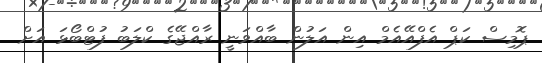
ޕޮމިސް ކަޕް އެފްއޭއެމް އިން އަލުން ބާއްވަނީ ރާއްޖޭގެ ކްލަބު ފުޓްބޯޅަ އަށް